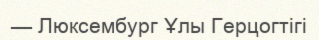
— Люксембург Ұлы Герцогтігі